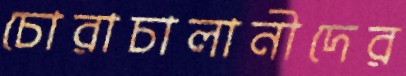
চোরাচালানীদের